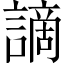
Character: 謫